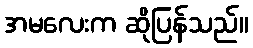
အမလေးက ဆိုပြန်သည်။